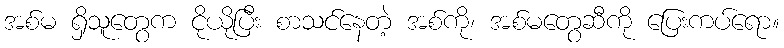
အစ်မ ရှိသူတွေက ငိုယိုပြီး စာသင်နေတဲ့ အစ်ကို၊ အစ်မတွေဆီကို ပြေးကပ်ရော။